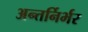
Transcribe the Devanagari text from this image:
अन्तर्निर्भर